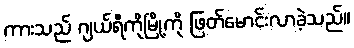
ကားသည် ဂျယ်ရီကိုမြို့ကို ဖြတ်မောင်းလာခဲ့သည်။